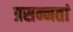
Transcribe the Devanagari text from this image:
प्रसन्नतां